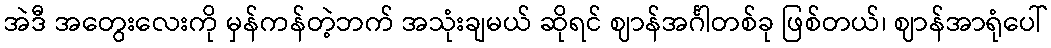
အဲဒီ အတွေးလေးကို မှန်ကန်တဲ့ဘက် အသုံးချမယ် ဆိုရင် ဈာန်အင်္ဂါတစ်ခု ဖြစ်တယ်၊ ဈာန်အာရုံပေါ်